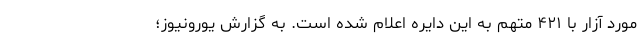
مورد آزار با ۴۲۱ متهم به این دایره اعلام شده است. به گزارش یورونیوز؛